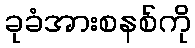
ခုခံအားစနစ်ကို